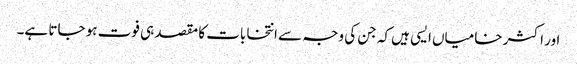
اور اکثر خامیاں ایسی ہیں کہ جن کی وجہ سے انتخابات کا مقصد ہی فوت ہو جاتا ہے۔